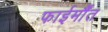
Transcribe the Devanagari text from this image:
फाईर्मौंत